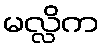
မလ္လိက